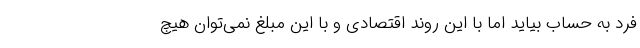
فرد به حساب بیاید اما با این روند اقتصادی و با این مبلغ نمی‌توان هیچ